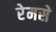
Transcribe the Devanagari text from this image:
रेमसे